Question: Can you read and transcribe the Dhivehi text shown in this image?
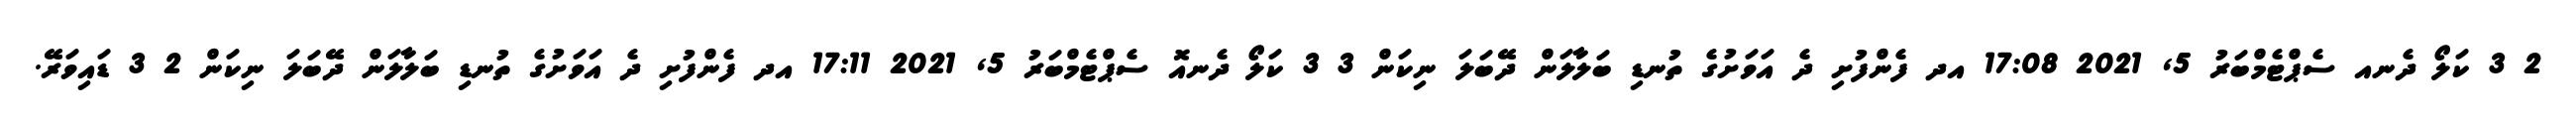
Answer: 2 3 ކަލޯ ދެނއ ސެޕްޓެމްބަރު 5, 2021 17:08 އދ ފެންފުށި ދެ އަވަށުގެ ތުނޑި ބަލާލަން ދޭބަލަ ނިކަން 3 3 ކަލޯ ދެނއޮ ސެޕްޓެމްބަރު 5, 2021 17:11 އދ ފެންފުށި ދެ އަވަށުގެ ތުނޑި ބަލާލަން ދޭބަލަ ނިކަން 2 3 ޑައިވަރޭ.